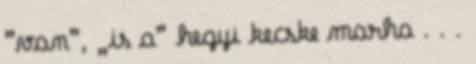
”van”, „is a” hegyi kecske marha . . .